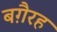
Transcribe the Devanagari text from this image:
बग़ैरह